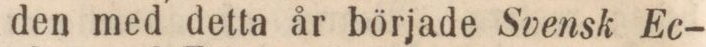
den med detta år började Svensk Ec-